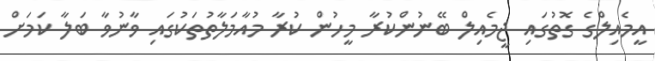
އީމެއިލްގެ ގޮތުގައި ޖީމެއިލް ބޭނުންކުރާ މީހުން ކުރާ މުއާމަލާތުތަކުގައި ވާނުވާ ބަލާ ކަމަށް